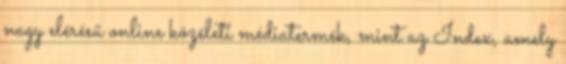
nagy elérésű online közéleti médiatermék, mint az Index, amely